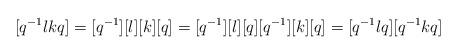
LaTeX: \begin{align*}[q^{-1}lkq]=[q^{-1}][l][k][q]=[q^{-1}][l][q][q^{-1}][k][q]=[q^{-1}lq][q^{-1}kq]\end{align*}